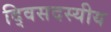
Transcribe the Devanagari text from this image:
द्विसदस्यीय